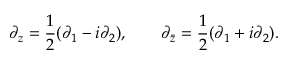
\partial _ { z } = \frac { 1 } { 2 } ( \partial _ { 1 } - i \partial _ { 2 } ) , \qquad \partial _ { \bar { z } } = \frac { 1 } { 2 } ( \partial _ { 1 } + i \partial _ { 2 } ) .